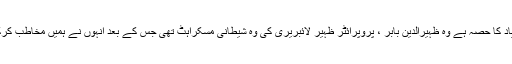
بٹ صاحب کا پہلا تاثر جو یاد کا حصہ ہے وہ ظہیرالدین بابر ، پروپرائٹر ظہیر لائبریری کی وہ شیطانی مسکراہٹ تھی جس کے بعد انہوں نے ہمیں مخاطب کرکے کہا تھا کہ "میر جعفرا !